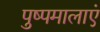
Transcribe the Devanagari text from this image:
पुष्पमालाएं